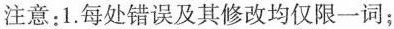
注意:1.每处错误及其修改均仅限一词;